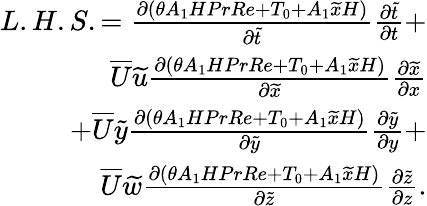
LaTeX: \begin{array}{r}{L.H.S.={\frac{\partial(\theta A_{1}HPrRe+T_{0}+A_{1}\widetilde{x}H)}{\partial\widetilde{t}}}{\frac{\partial\widetilde{t}}{\partial t}}+}\\ {\overline{{U}}\widetilde{u}{\frac{\partial(\theta A_{1}HPrRe+T_{0}+A_{1}\widetilde{x}H)}{\partial\widetilde{x}}}{\frac{\partial\widetilde{x}}{\partial x}}}\\ {+\overline{{U}}\widetilde{y}{\frac{\partial(\theta A_{1}HPrRe+T_{0}+A_{1}\widetilde{x}H)}{\partial\widetilde{y}}}{\frac{\partial\widetilde{y}}{\partial y}}+}\\ {\overline{{U}}\widetilde{w}{\frac{\partial(\theta A_{1}HPrRe+T_{0}+A_{1}\widetilde{x}H)}{\partial\widetilde{z}}}{\frac{\partial\widetilde{z}}{\partial z}}.}\end{array}